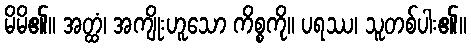
မိမိ၏။ အတ္ထံ၊ အကျိုးဟူသော ကိစ္စကို။ ပရဿ၊ သူတစ်ပါး၏။